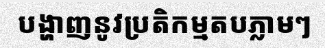
បង្ហាញនូវប្រតិកម្មតបភ្លាមៗ